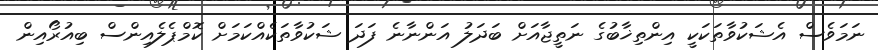
ނަމަވެސް އެޝަކުވާތަކަކީ އިންތިޚާބުގެ ނަތީޖާއަށް ބަދަލު އަންނާނެ ފަދަ ޝަކުވާތަކެއްކަމަށް ކޮމްޕެލެއިންސް ބިއުރޯއިން